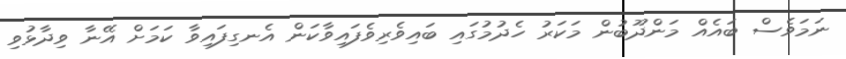
ނަމަވެސް ބައެއް މަންދޫބުން މަކަރު ހެދުމުގައި ބައިވެރިވެފައިވާކަން އެނގިފައިވާ ކަމަށް އޭނާ ވިދާޅުވި